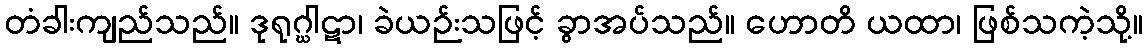
တံခါးကျည်သည်။ ဒုရုဂ္ဃါဋာ၊ ခဲယဉ်းသဖြင့် ခွာအပ်သည်။ ဟောတိ ယထာ၊ ဖြစ်သကဲ့သို့။